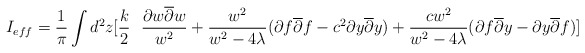
\begin{align*}I_{eff}=\frac {1}{\pi } \int d^2z [ \frac {k}{2} \ \ \frac { \partial w\overline {\partial }w}{w^2} + \frac {w^2}{w^2 - 4 \lambda } ( \partial f \overline {\partial }f - c^2\partial y \overline {\partial } y)+ \frac {cw^2}{w^2 -4 \lambda } (\partial f \overline {\partial } y -\partial y \overline {\partial } f )]\end{align*}